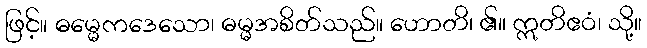
ဖြင့်။ ဓမ္မေကဒေသော၊ ဓမ္မအစိတ်သည်။ ဟောတိ၊ ၏။ ဣတိဧဝံ၊ သို့။